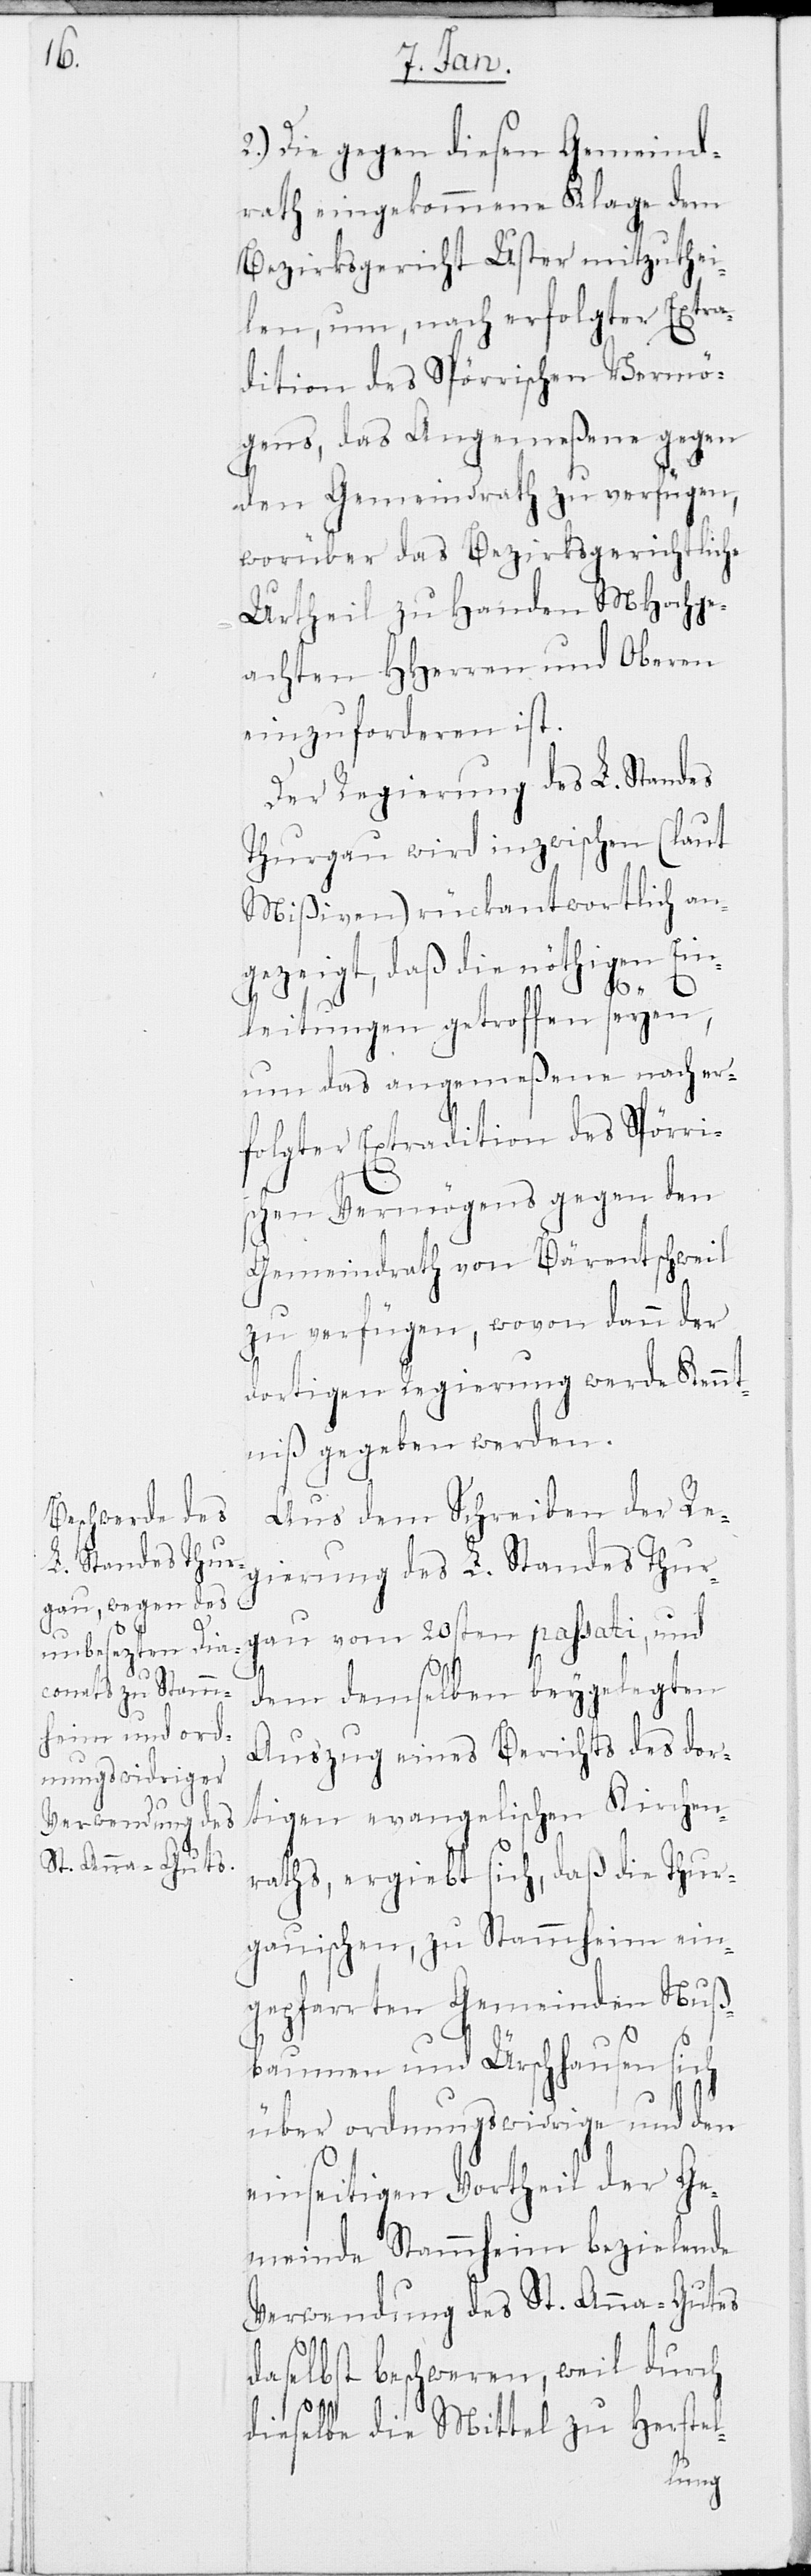
2.) Die gegen diesen Gemeind¬
rath eingekommene Klage dem
Bezirksgericht Uster mitzuthei¬
len, um, nach erfolgter Extra¬
dition des Spörrischen Vermö¬
gens, das Angemeßene gegen
den Gemeindrath zu verfügen,
worüber das Bezirksgerichtliche
Urtheil zu Handen MHochge¬
achten HHerren und Oberen
einzuforderen ist.
Der Regierung des L. Standes
Thurgau wird inzwischen (laut
Mißiven) rückantwortlich an¬
gezeigt, daß die nöthigen Ein¬
leitungen getroffen seyen,
um das angemeßene nach er¬
folgter Extradition des Spörri¬
schen Vermögens gegen den
Gemeindrath von Bärentschweil
zu verfügen, wovon dann der
dortigen Regierung werde Kennt¬
niß gegeben werden.
Aus dem Schreiben der Re¬
gierung des L. Standes Thur¬
gau vom 20sten passati, und
dem demselben beygelegten
Auszug eines Berichts des dor¬
tigen evangelischen Kirchen¬
raths, ergiebt sich, daß die Thur¬
gauischen, zu Stammheim ein¬
gepfarrten Gemeinden Nuß¬
baumen und Ürschhausen sich
über ordnungswidrige und den
einseitigen Vortheil der Ge¬
meinde Stammheim bezielende
Verwendung des St. Anna-Gutes
daselbst beschweren, weil durch
dieselbe die Mittel zu Herstel-